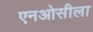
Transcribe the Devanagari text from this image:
एनओसीला